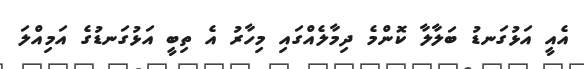
އެއީ އަޅުގަނޑު ބަލާލާ ކޮންމެ ދިމާލެއްގައި މިހާރު އެ ތިބީ އަޅުގަނޑުގެ އަމިއްލަ